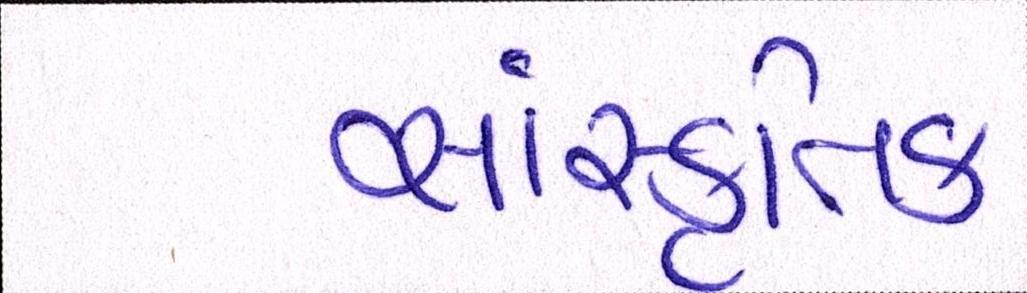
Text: સાંસ્કૃતિક